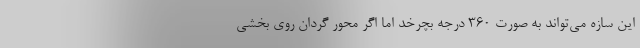
این سازه می‌تواند به صورت ۳۶۰ درجه بچرخد اما اگر محور گردان روی بخشی